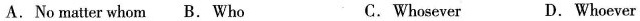
A. No matter whom B. Who C. Whosever D.Whoever